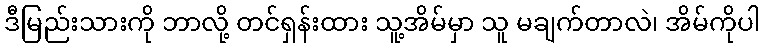
ဒီမြည်းသားကို ဘာလို့ တင်ရှန်းထား သူ့အိမ်မှာ သူ မချက်တာလဲ၊ အိမ်ကိုပါ